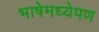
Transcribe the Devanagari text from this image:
भाषेमध्येपण